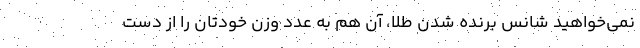
نمی‌خواهید شانس برنده شدن طلا، آن هم به عدد وزن خودتان را از دست